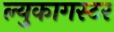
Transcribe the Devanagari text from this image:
ल्युकागस्टर